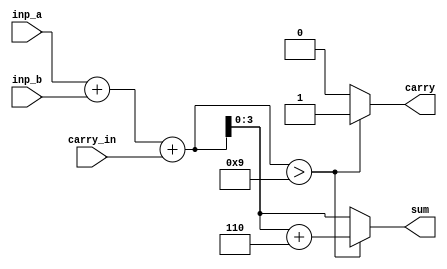
`timescale 1ns / 1ps
//////////////////////////////////////////////////////////////////////////////////
// Company: 
// Engineer: 
// 
// Design Name: 
// Module Name: bcd_adder
// Project Name: 
// Target Devices: 
// Tool Versions: 
// Description: 
// 
// Dependencies: 
// 
// Revision:
// Revision 0.01 - File Created
// Additional Comments:
// 
//////////////////////////////////////////////////////////////////////////////////


module bcd_adder(inp_a, inp_b, carry_in, sum, carry);

input [3:0] inp_a, inp_b;
input carry_in;
output [3:0] sum;
output carry;
reg [4:0] sum_temp;
reg [3:0] sum;
reg carry;  


always @(inp_a, inp_b, carry_in)
begin
    sum_temp = inp_a + inp_b + carry_in; 
    if(sum_temp > 9)
        begin
            sum_temp = sum_temp+6; 
            carry = 1;  
            sum = sum_temp[3:0];
        end
    else
        begin
            carry = 0;
            sum = sum_temp[3:0];
        end
end     

endmodule